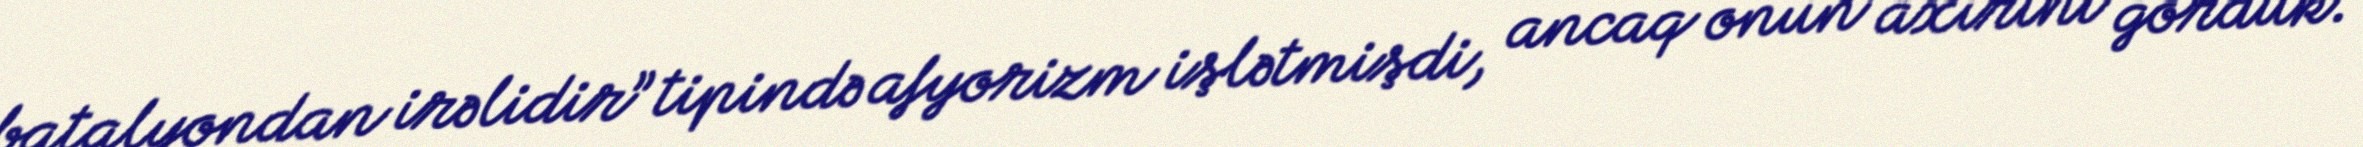
batalyondan irəlidir” tipində afyorizm işlətmişdi, ancaq onun axırını gördük.